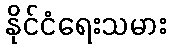
နိုင်ငံရေးသမား